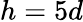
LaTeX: h=5d